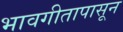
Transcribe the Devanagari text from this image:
भावगीतापासून